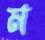
ম